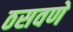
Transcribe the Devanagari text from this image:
ठसवणे